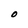
Character: O